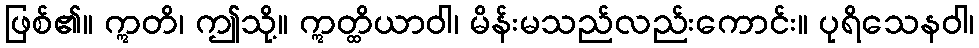
ဖြစ်၏။ ဣတိ၊ ဤသို့။ ဣတ္ထိယာဝါ၊ မိန်းမသည်လည်းကောင်း။ ပုရိသေနဝါ၊